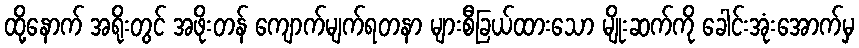
ထို့နောက် အရိုးတွင် အဖိုးတန် ကျောက်မျက်ရတနာ များစီခြယ်ထားသော မျိုးဆက်ကို ခေါင်းအုံးအောက်မှ